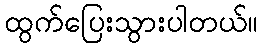
ထွက်ပြေးသွားပါတယ်။